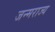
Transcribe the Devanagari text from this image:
जन्मराज्य